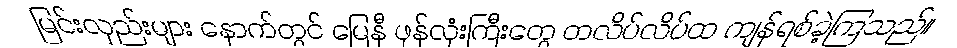
မြင်းလှည်းများ နောက်တွင် မြေနီ ဖုန်လုံးကြီးတွေ တလိပ်လိပ်ထ ကျန်ရစ်ခဲ့ကြသည်။